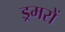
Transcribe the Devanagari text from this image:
ड्रमरों